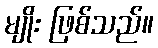
မျိုး ဖြစ်သည်။